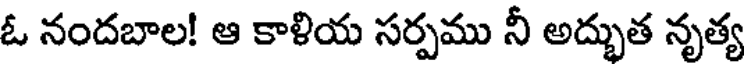
ఓ నందబాల! ఆ కాళియ సర్పము నీ అద్భుత నృత్య